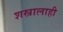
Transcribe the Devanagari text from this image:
शस्त्रालाही